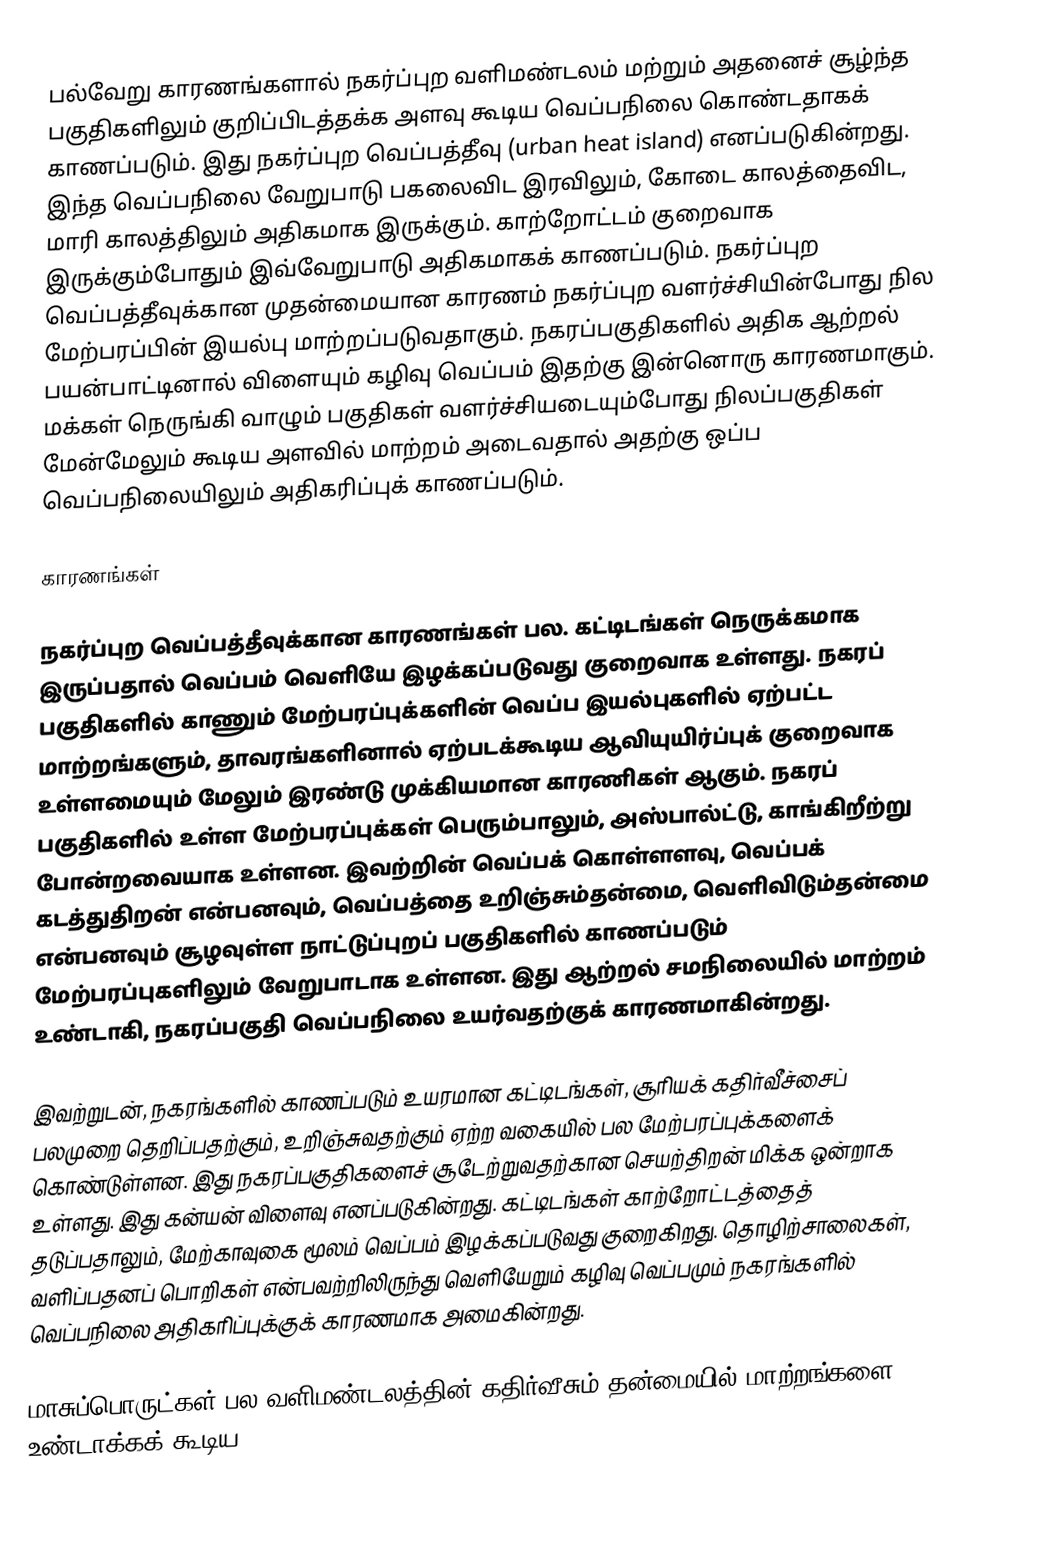
பல்வேறு காரணங்களால் நகர்ப்புற வளிமண்டலம் மற்றும் அதனைச் சூழ்ந்த பகுதிகளிலும் குறிப்பிடத்தக்க அளவு கூடிய வெப்பநிலை கொண்டதாகக் காணப்படும். இது நகர்ப்புற வெப்பத்தீவு (urban heat island) எனப்படுகின்றது. இந்த வெப்பநிலை வேறுபாடு பகலைவிட இரவிலும், கோடை காலத்தைவிட, மாரி காலத்திலும் அதிகமாக இருக்கும். காற்றோட்டம் குறைவாக இருக்கும்போதும் இவ்வேறுபாடு அதிகமாகக் காணப்படும். நகர்ப்புற வெப்பத்தீவுக்கான முதன்மையான காரணம் நகர்ப்புற வளர்ச்சியின்போது நில மேற்பரப்பின் இயல்பு மாற்றப்படுவதாகும். நகரப்பகுதிகளில் அதிக ஆற்றல் பயன்பாட்டினால் விளையும் கழிவு வெப்பம் இதற்கு இன்னொரு காரணமாகும். மக்கள் நெருங்கி வாழும் பகுதிகள் வளர்ச்சியடையும்போது நிலப்பகுதிகள் மேன்மேலும் கூடிய அளவில் மாற்றம் அடைவதால் அதற்கு ஒப்ப வெப்பநிலையிலும் அதிகரிப்புக் காணப்படும்.

காரணங்கள்

நகர்ப்புற வெப்பத்தீவுக்கான காரணங்கள் பல. கட்டிடங்கள் நெருக்கமாக இருப்பதால் வெப்பம் வெளியே இழக்கப்படுவது குறைவாக உள்ளது. நகரப் பகுதிகளில் காணும் மேற்பரப்புக்களின் வெப்ப இயல்புகளில் ஏற்பட்ட மாற்றங்களும், தாவரங்களினால் ஏற்படக்கூடிய ஆவியுயிர்ப்புக் குறைவாக உள்ளமையும் மேலும் இரண்டு முக்கியமான காரணிகள் ஆகும். நகரப் பகுதிகளில் உள்ள மேற்பரப்புக்கள் பெரும்பாலும், அஸ்பால்ட்டு, காங்கிறீற்று போன்றவையாக உள்ளன. இவற்றின் வெப்பக் கொள்ளளவு, வெப்பக் கடத்துதிறன் என்பனவும், வெப்பத்தை உறிஞ்சும்தன்மை, வெளிவிடும்தன்மை என்பனவும் சூழவுள்ள நாட்டுப்புறப் பகுதிகளில் காணப்படும் மேற்பரப்புகளிலும் வேறுபாடாக உள்ளன. இது ஆற்றல் சமநிலையில் மாற்றம் உண்டாகி, நகரப்பகுதி வெப்பநிலை உயர்வதற்குக் காரணமாகின்றது.

இவற்றுடன், நகரங்களில் காணப்படும் உயரமான கட்டிடங்கள், சூரியக் கதிர்வீச்சைப் பலமுறை தெறிப்பதற்கும், உறிஞ்சுவதற்கும் ஏற்ற வகையில் பல மேற்பரப்புக்களைக் கொண்டுள்ளன. இது நகரப்பகுதிகளைச் சூடேற்றுவதற்கான செயற்திறன் மிக்க ஒன்றாக உள்ளது. இது கன்யன் விளைவு எனப்படுகின்றது. கட்டிடங்கள் காற்றோட்டத்தைத் தடுப்பதாலும், மேற்காவுகை மூலம் வெப்பம் இழக்கப்படுவது குறைகிறது. தொழிற்சாலைகள், வளிப்பதனப் பொறிகள் என்பவற்றிலிருந்து வெளியேறும் கழிவு வெப்பமும் நகரங்களில் வெப்பநிலை அதிகரிப்புக்குக் காரணமாக அமைகின்றது.

மாசுப்பொருட்கள் பல வளிமண்டலத்தின் கதிர்வீசும் தன்மையில் மாற்றங்களை உண்டாக்கக் கூடிய